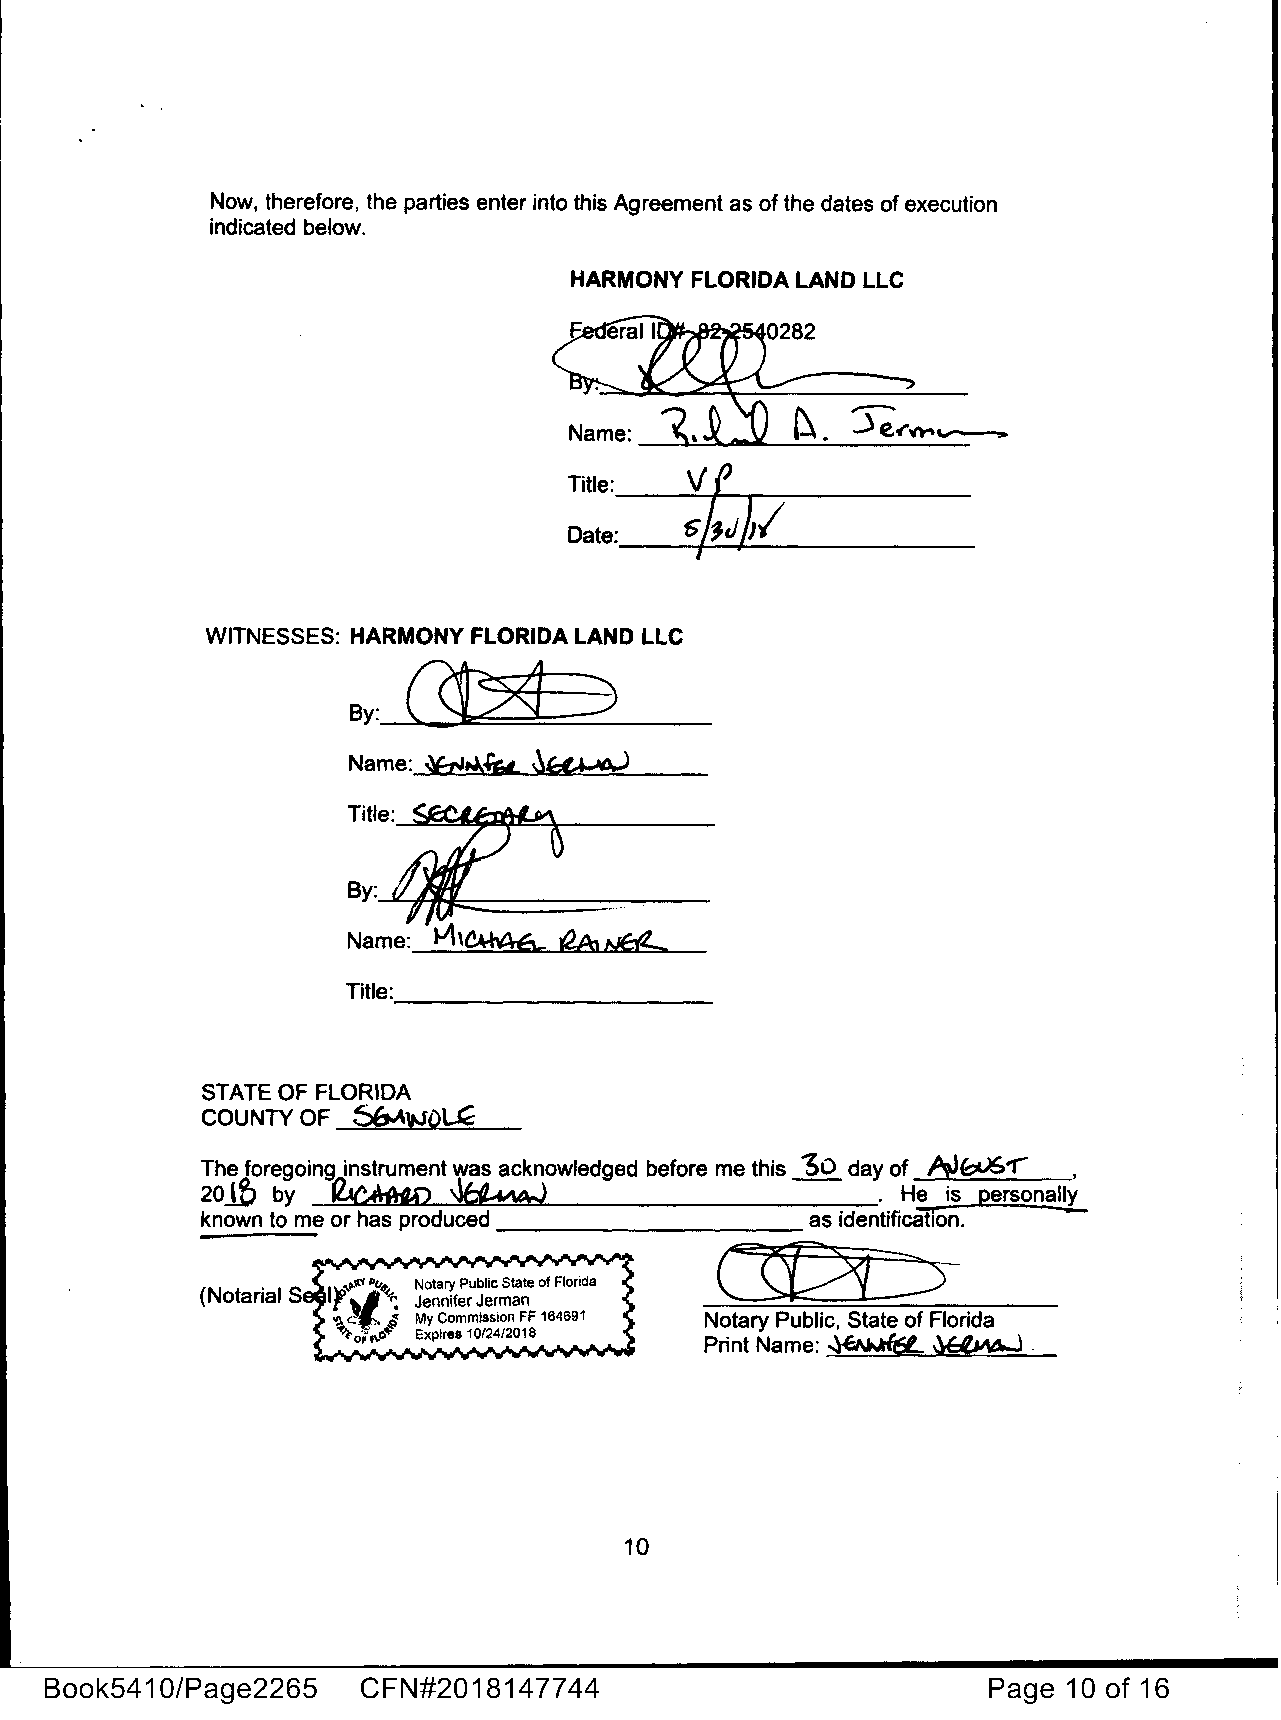
Now, therefore, the parties enter into this Agreement as of the dates of execution
 indicated below.
 HARMONY FLORIDA LAND LLC
 Ve
 Title:
 -5-/j,.__J)-}✓----
 Date--:--,-~.
 --------
 WITNESSES: HARMONY FLORIDA LAND LLC
 Qt5><1     _)
 By:
 Title:.___________
 STATE OF FLORIDA
 COUNTY OF 56-,\:tJO~
 AJbt)G-r  ,
 The foregoing instrument was acknowledged before me this °30 day of
 2ojf) by ~       ~                           . He is personally
 known to me or has produced ___________as identification. -
 at:x;~
 (Notarial S
 Notary Public, State of Florida
 Print Name: -l~ ~    .
 10
 Book5410/Page2265    CFN#2018147744                           Page  10 of 16